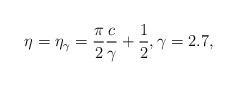
LaTeX: \begin{align*}\eta=\eta_{\gamma}=\frac{\pi}{2}\frac{c}{\gamma} +\frac{1}{2},\gamma= 2.7,\end{align*}